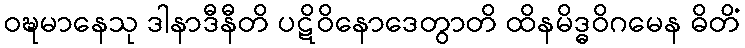
ဝဍ္ဎမာနေသု ဒါနာဒီနီတိ ပဋိဝိနောဒေတွာတိ ထိနမိဒ္ဓဝိဂမေန ဓိတိံ